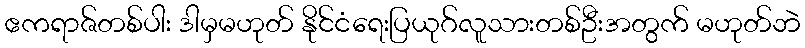
ဧကရာဇ်တစ်ပါး ဒါမှမဟုတ် နိုင်ငံရေးပြယုဂ်လူသားတစ်ဦးအတွက် မဟုတ်ဘဲ